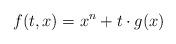
LaTeX: \begin{align*} f(t, x) = x^n + t \cdot g(x) \end{align*}